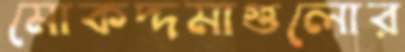
মোকদ্দমাগুলোর